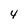
Character: 4